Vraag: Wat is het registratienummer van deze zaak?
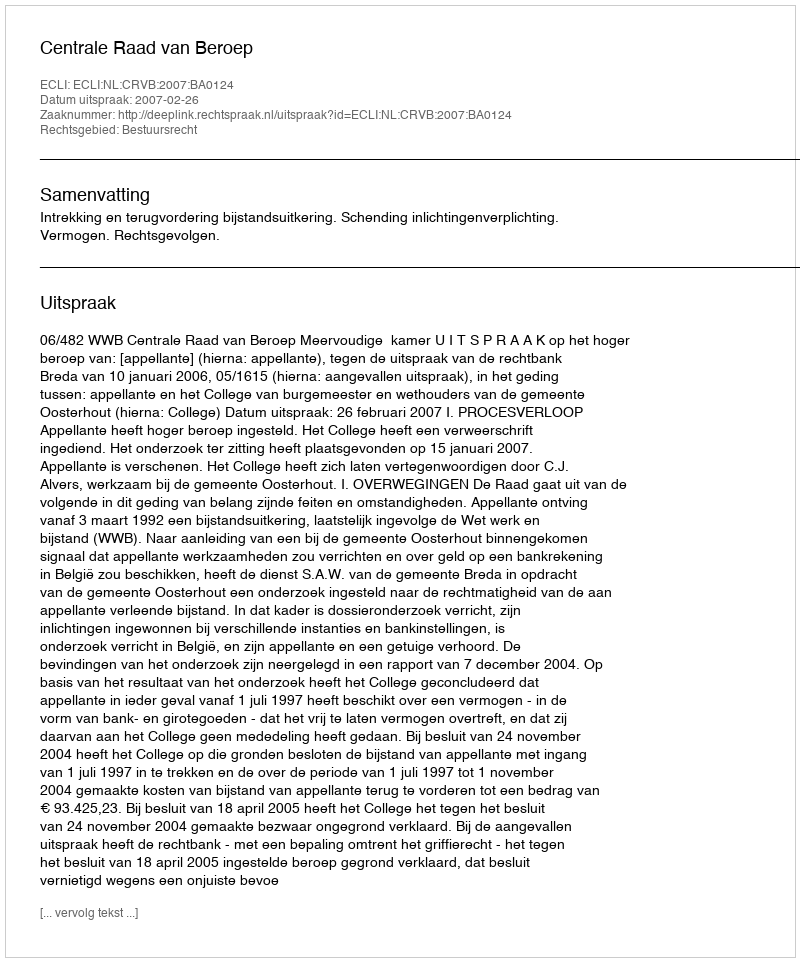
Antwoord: http://deeplink.rechtspraak.nl/uitspraak?id=ECLI:NL:CRVB:2007:BA0124